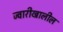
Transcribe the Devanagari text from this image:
ज्वारीखालील